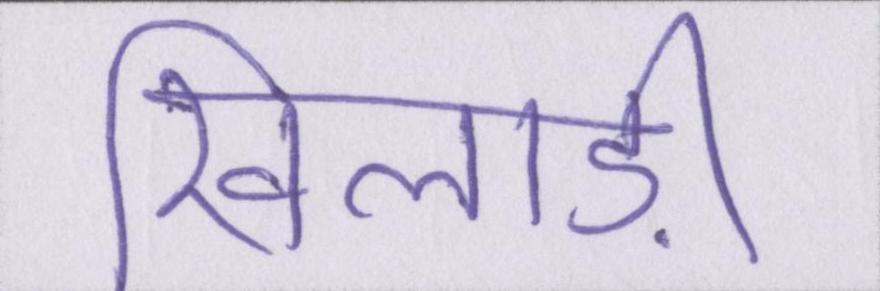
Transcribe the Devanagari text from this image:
खिलाड़ी